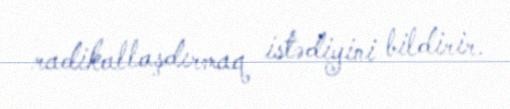
radikallaşdırmaq istədiyini bildirir.